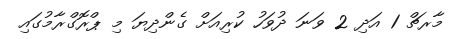
މާރޗް 1 އަދި 2 ވަނަ ދުވަހު ކުރިއަށް ގެންދިޔަ މި ޕްރޮގްރާމުގައި